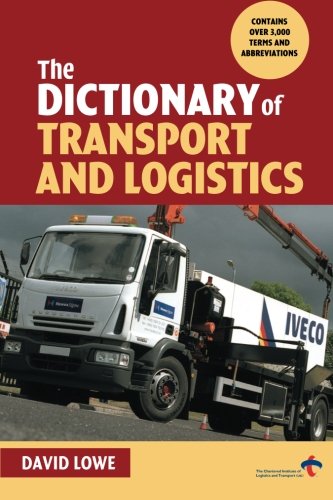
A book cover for The Dictionary of Transport and Logistics; David Lowe; Engineering & Transportation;